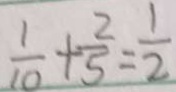
\frac { 1 } { 1 0 } + \frac { 2 } { 5 } = \frac { 1 } { 2 }